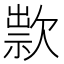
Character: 㱁